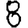
Digit: 8